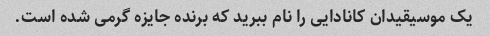
یک موسیقیدان کانادایی را نام ببرید که برنده جایزه گرمی شده است.